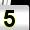
Digit: 5